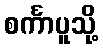
စင်္ကာပူသို့